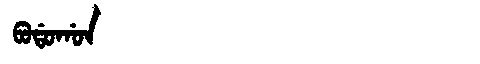
Manchu: ᠪᠣᡩᠣᡤᠣᠨ
Romanization: BODOGON